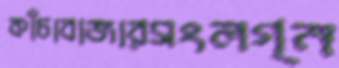
কাঁচাবাজারসংলগ্ন